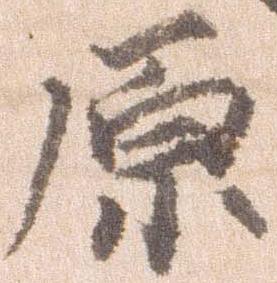
原